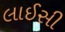
લાઈસી